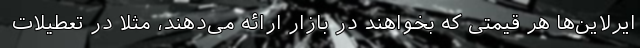
ایرلاین‌ها هر قیمتی که بخواهند در بازار ارائه می‌دهند، مثلا در تعطیلات